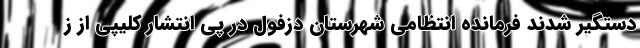
دستگیر شدند فرمانده انتظامی شهرستان دزفول در پی انتشار کلیپی از ز